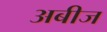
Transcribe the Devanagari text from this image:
अबीज